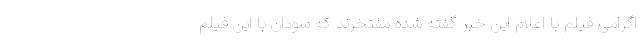
اگرامی فیلم با اعلام این خبر گفته شده مفتخرند که سودان با این فیلم